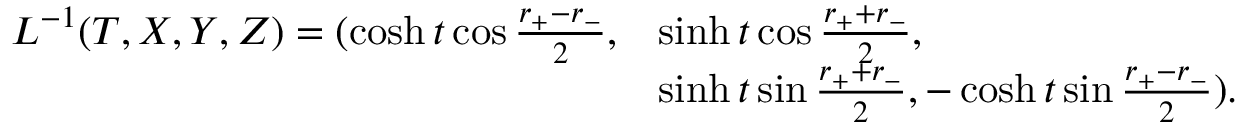
\begin{array} { l l } { { L ^ { - 1 } ( T , X , Y , Z ) = ( \cosh t \cos \frac { r _ { + } - r _ { - } } { 2 } , } } & { { \sinh t \cos \frac { r _ { + } + r _ { - } } { 2 } , } } \\ { { } } & { { \sinh t \sin \frac { r _ { + } + r _ { - } } { 2 } , - \cosh t \sin \frac { r _ { + } - r _ { - } } { 2 } ) . } } \end{array}